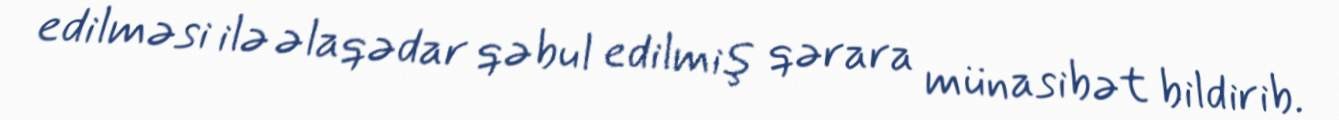
edilməsi ilə əlaqədar qəbul edilmiş qərara münasibət bildirib.